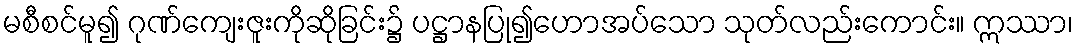
မစီစင်မူ၍ ဂုဏ်ကျေးဇူးကိုဆိုခြင်း၌ ပဋ္ဌာနပြု၍ဟောအပ်သော သုတ်လည်းကောင်း။ ဣဿာ၊